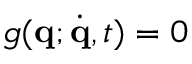
g ( \mathbf { q } ; \dot { \mathbf { q } } , t ) = 0